Lock hospitals Punjab
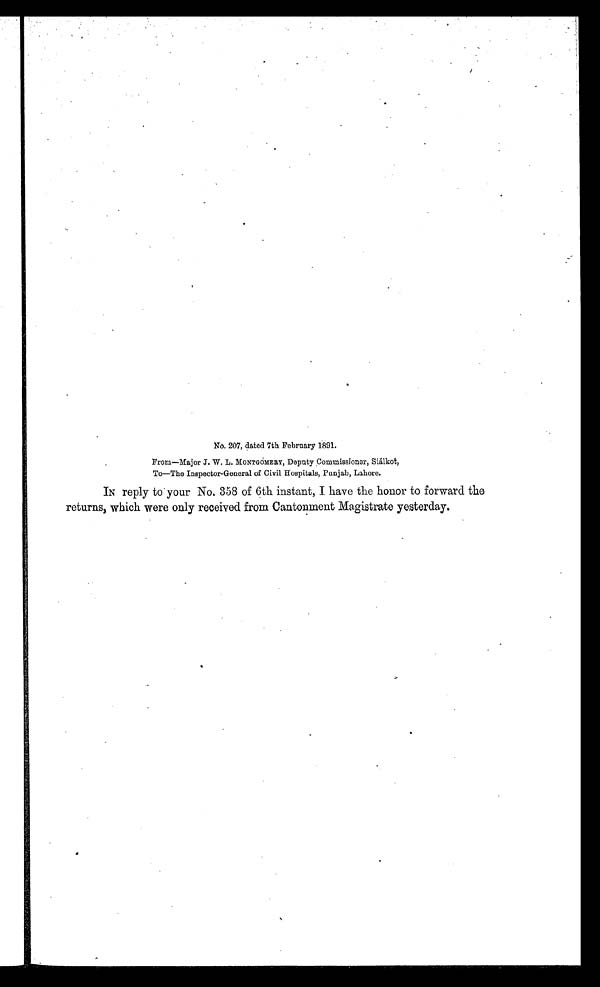
No. 207, dated 7th February 1891.
F r o m — M a j o r J . W . L . M O N T G O M E R Y , D e p u t y C o m m i s s i o n e r , S i á l k o t ,
To—The Inspector-General of Civil Hospitals, Punjab, Lahore.
IN reply to your. No. 358 of 6th instant, I have the honor to forward the
returns, which were only received from Cantonment Magistrate yesterday.